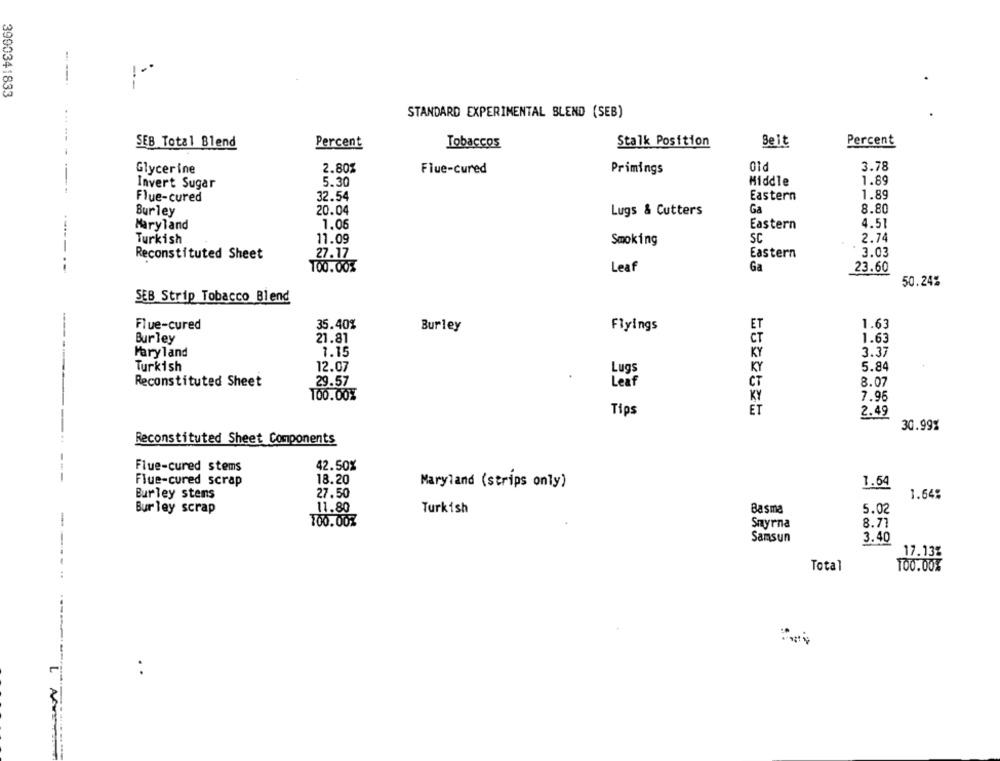
---.
3990341833
--
STANDARD EXPERIMENTAL BLEND (SEB)
SEB Total Blend
Percent
Tobaccos
Stalk Position
Seit
Percent
01d
3.78
Glycerine
2.80%
Flue-cured
Primings
5.30
Middle
1.89
--------
Invert Sugar
Flue-cured
32.54
Eastern
1.89
Burley
20.04
Lugs & Cutters
Ga
8.80
Maryland
1.06
Eastern
4.51
Turkish
11.09
Smoking
SC
2.74
Reconstituted Sheet
27.17
Eastern
3.03
100.00%
Ga
-------
Leaf
23.60
50.24%
SEB Strip Tobacco Blend
Flue-cured
35.40%
Burley
Flyings
ET
1.63
Burley
21.81
CT
1.63
Maryland
1.15
KY
3.37
5.84
Turkish
12.07
Lugs
KY
Reconstituted Sheet
29.57
Leaf
CT
8.07
100.00%
KY
7.95
Tips
ET
2.49
30.99%
Reconstituted Sheet Components
-.
Flue-cured stems
42.50%
Flue-cured scrap
18.20
Maryland (strips only)
1.64
Burley stens
27.50
1.64%
Bur ley scrap
11.80
Turkish
Basma
5.02
-
100.007
Smyrna
8.71
Samsun
3.40
17.13%
Total
100.00%